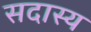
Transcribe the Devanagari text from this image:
सदास्य